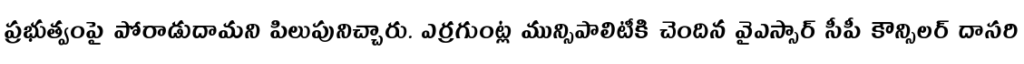
ప్రభుత్వంపై పోరాడుదామని పిలుపునిచ్చారు. ఎర్రగుంట్ల మున్సిపాలిటీకి చెందిన వైఎస్సార్ సీపీ కౌన్సిలర్ దాసరి